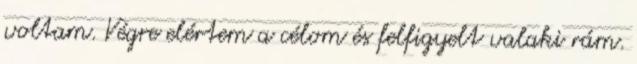
voltam. Végre elértem a célom és felfigyelt valaki rám.